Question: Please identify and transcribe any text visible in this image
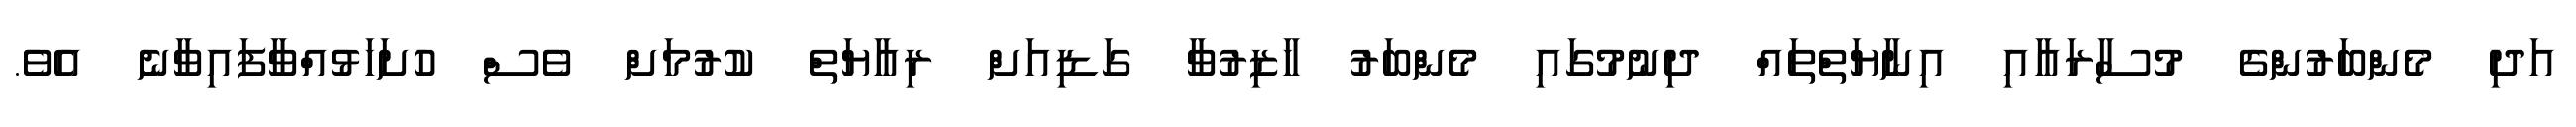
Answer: އަދި މެންބަރުންގެ މުސާރައާއި އިނާޔަތްތައް ދިނުމުގައި މެންބަރު ހާޒިރުވާ ގަޑިއަށް ރިއާޔަތް ކުރުމަށް ވެސް ހުށަހަޅުއްވާފައިވާނެ އެވެ.